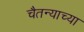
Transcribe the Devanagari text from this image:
चैतन्याच्या